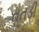
તતડી